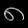
Digit: ၈